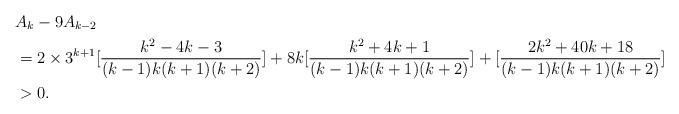
LaTeX: \begin{align*}&A_{k}-9A_{k-2}\\&=2\times3^{k+1}[\frac{k^{2}-4k-3}{(k-1)k(k+1)(k+2)}]+8k[\frac{k^{2}+4k+1}{(k-1)k(k+1)(k+2)}]+[\frac{2k^{2}+40k+18}{(k-1)k(k+1)(k+2)}]\\&>0.\end{align*}